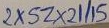
Text: 2XSZX21/15